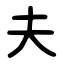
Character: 夫